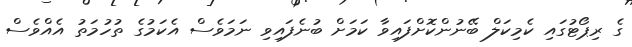
ގެ ރިޕޯޓުގައި ކެމިކަލް ބޭނުންކޮށްފައިވާ ކަމަށް ބުނެފައިވި ނަމަވެސް އެކަމުގެ ތުހުމަތު އެއްވެސް